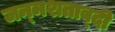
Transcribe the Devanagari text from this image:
जन्‍मशताब्‍दी